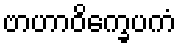
ဗာဟာဝိက္ခေပကံ